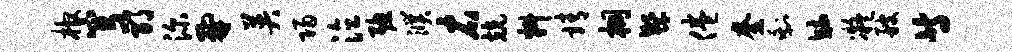
棺穹邪深鼐英归泣聪濮右兢料靖桐繁倦奎剩毓凝艘等